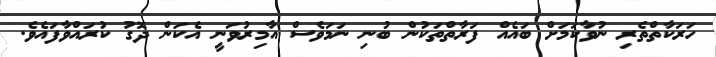
ހަރަކާތްތެރި ނުވާކަމަށް ބައެއް ފަރާތްތަކުން ބުނި ނަމަވެސް އާމިރުވަނީ އެކަން ދޮގު ކުރައްވާފައެވެ.